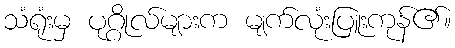
သံရုံးမှ ပုဂ္ဂိုလ်များက မျက်လုံးပြူးကုန်၏။